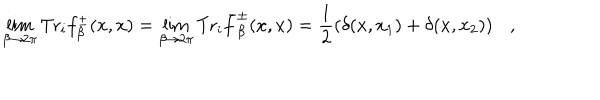
LaTeX: \lim _ { \beta \rightarrow 2 \pi } \mathrm { T r } _ { i } f _ { \beta } ^ { \pm } ( x , x ) = \lim _ { \beta \rightarrow 2 \pi } \mathrm { T r } _ { i } \bar { f } _ { \beta } ^ { \pm } ( x , x ) = \frac 1 2 \left( \delta ( x , x _ { 1 } ) + \delta ( x , x _ { 2 } ) \right) ,